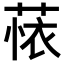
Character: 𬝗